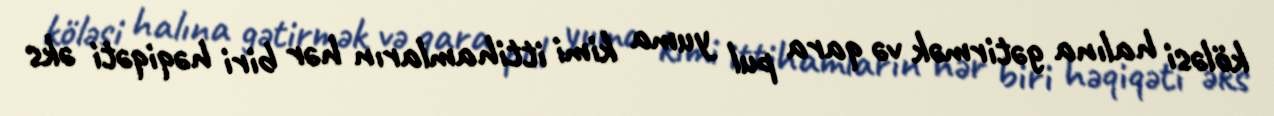
köləsi halına gətirmək və qara pul yuma kimi ittihamların hər biri həqiqəti əks